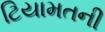
ટિયામતની